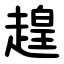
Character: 䞹